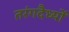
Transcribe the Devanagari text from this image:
तरंगदैर्ध्‍यों